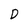
Character: D